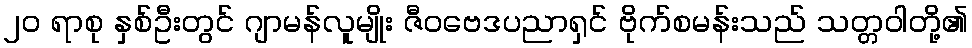
၂၀ ရာစု နှစ်ဦးတွင် ဂျာမန်လူမျိုး ဇီဝဗေဒပညာရှင် ဗိုက်စမန်းသည် သတ္တဝါတို့၏